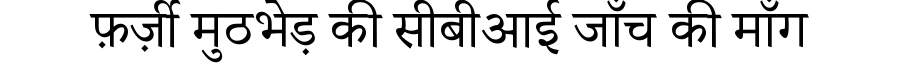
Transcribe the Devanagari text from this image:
फ़र्ज़ी मुठभेड़ की सीबीआई जाँच की माँग